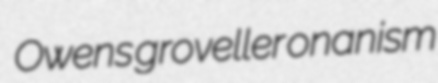
Owens groveller onanism